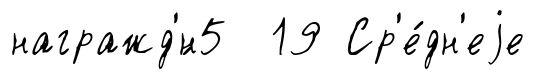
награжд'́н5 19 Ср'е́дн'еjе